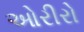
ઓરીરો